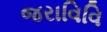
જરાવિવિ